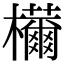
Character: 𣠝